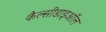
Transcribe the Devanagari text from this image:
कैल्सीडाइऑल